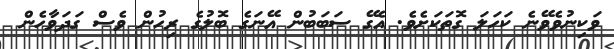
ވަކިނުވެވޭނެ ކަހަލަ ގޮތަކަށެވެ. އެގޭ ސަބަބުން އޭނަގެ ބޮލުގެ ރިހުން ވެސް ގަދަވާހެން